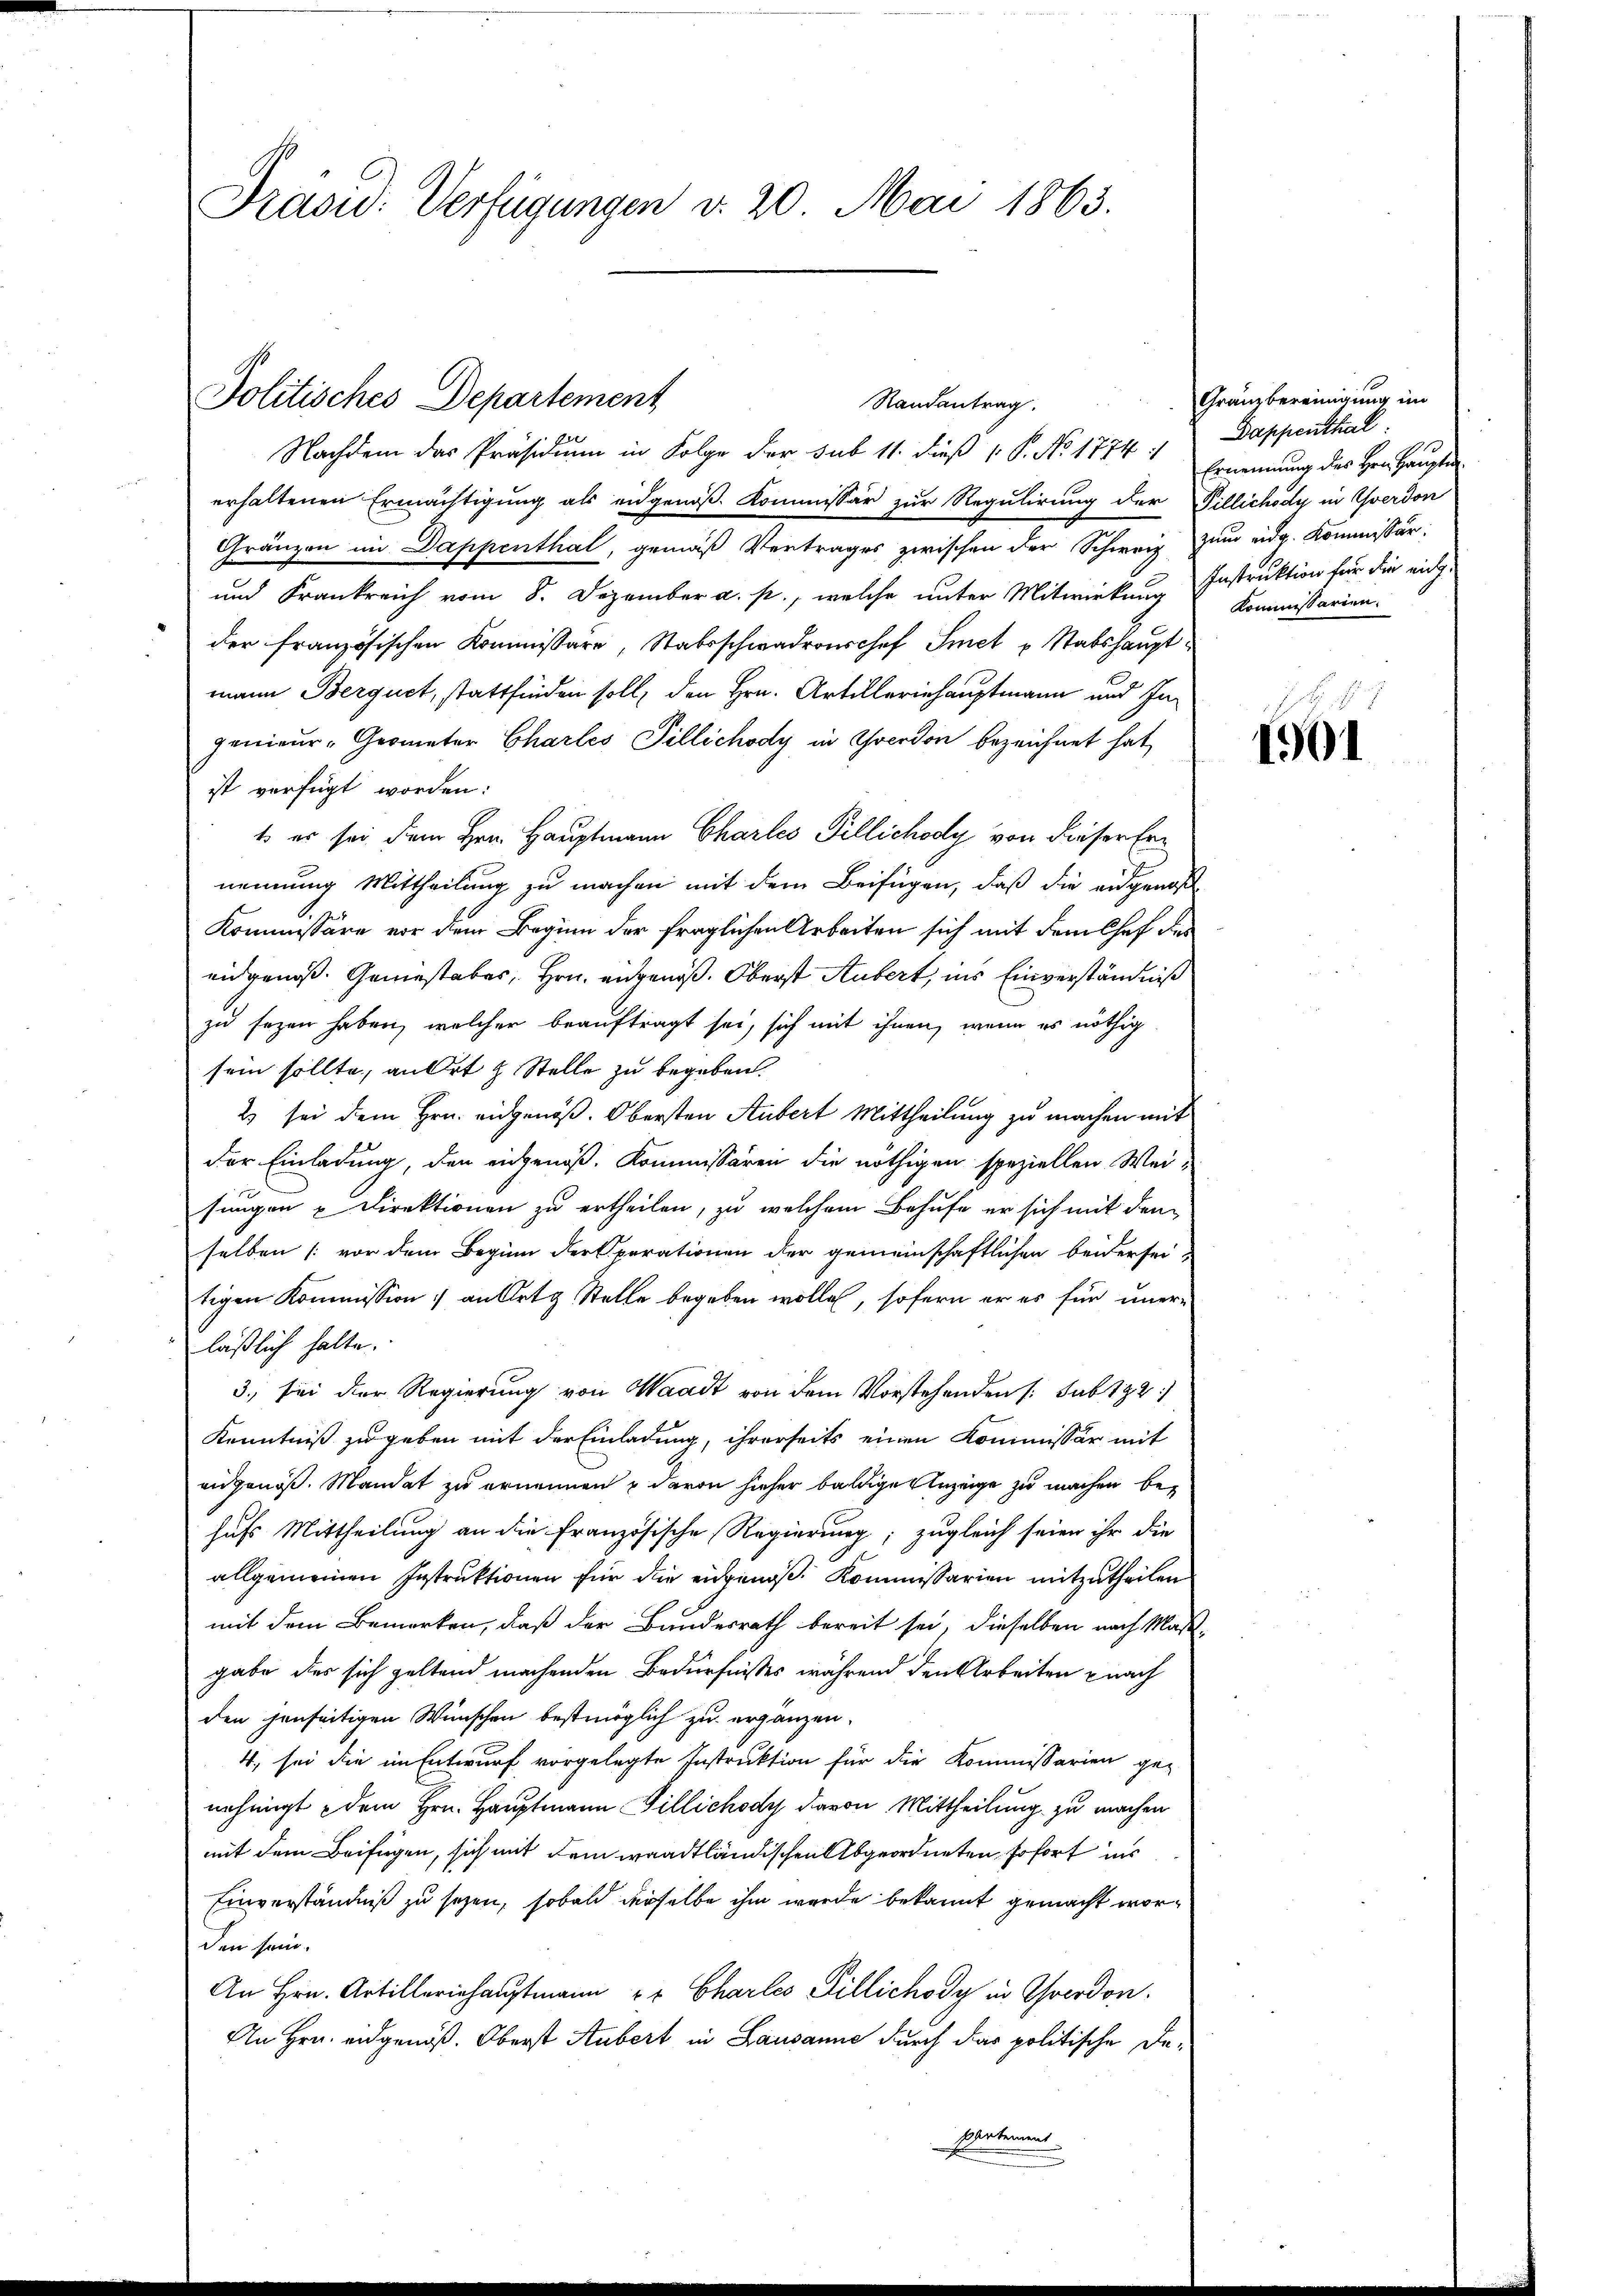
Präsid. Verfügungen v. 20. Mai 1863.

Politisches Departement

Randantrag.
Nachdem das Präsidium in Folge der sub 11. dieß 1 S. No 1774: Ernennung des Her Haupte
erhaltenen Ermächtigung als eidgenöß. Kommissär zur Regulirung der Tillichody in Yverdon
Gränzen im Dappenthal, gemäß Vertrages zwischen der Schweiz zum eidg. Kommissär,
und Frankreich vom 8. Dezember a. p., welche unter Mitwirkung Instruktion für die eich-
der französischen Kommissäre, Stabsschwadronschef Smet u Stabshauptmann Berquet, stattfinden soll, den Hrn. Artilleriehauptmann und Ingenieur-Geometer Charles Pillichody in Yverdon bezeichnet hat,
ist verfügt worden:
t er sei dem Hrn. Hauptmann Charles Pillichody von dieser Ernennung Mittheilung zu machen mit dem Beifügen, daß die eidgenoße
Kommissäre vor dem Beginn der fraglichen Arbeiten sich mit dem Chef des
eidgenoss. Geniestaber, Hrn. eidgenoß. Oberst Hubert, ins Einverständniß
zu sezen haben, welcher beauftragt sei, sich mit ihnen, wenn es nöthig
sein sollte, an Ort & Stelle zu begeben
2 sei dem Hrn. eidgenöß. Obersten Hubert Mittheilung zu machen mit
der Einladung, den eingenoß. Kommissären die nöthigen speziellen Weisungen u Direktionen zu ertheilen, zu welchem Behufe er sich mit den
selben (vor dem Beginn der parationen der gemeinschaftlichen beiderseitigen Kommission an Art Stelle begeben wollen, sofern er es für unerläßlich halte.
3., bei der Regierung von Waadt von dem Vorstehenden /: sub 182
Kenntniß zu geben mit der Einladung, ihrerseits einen Kommissär mit
angenöß. Mandat zu ernennen u davon hieher baldige Anzeige zu machen behufs Mittheilung an die französische Regierung; zugleich seien ihr die
allgemeinen Instruktionen für die eidgenoß, Kommissarien mitzutheilen
mit dem Bemerken, daß der Bundesrath bereit sei, dieselben nach Maßgabe des sich geltend machenden Bedürfnisses während den Arbeiten nach
den jenseitigen Wünschen bestmöglich zu ergänzen.
4, sei die im Entwurf vorgelegte Instruktion für die Kommissarien ge-
nehmigt dem Hrn. Hauptmann Fillichody davon Mittheilung zu machen
mit dem Beifügen, sich mit dem waadtländischen Abgeordneten, sofort ins
Einverständniß zu sehen, sobald derselbe ihm wurde bekannt gemacht worden sein.
An Hrn. Artilleriehauptmann er Charles Gillichody in verdon.
An Hrn. eidgenöß. Oberst Hubert in Lausanne durch das politische De¬
Partement

Granz bereinigung im
Dappenthal
Kommissarien.

1901